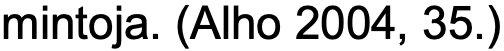
mintoja. (Alho 2004, 35.)